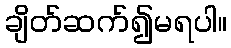
ချိတ်ဆက်၍မရပါ။